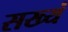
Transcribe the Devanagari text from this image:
सख्यं